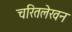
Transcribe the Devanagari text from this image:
चरितलेखन